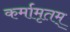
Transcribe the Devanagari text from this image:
कर्मामृतम्